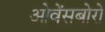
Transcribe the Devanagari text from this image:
ओवेंसबोरो